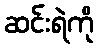
ဆင်းရဲကို